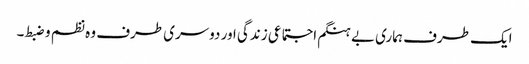
ایک طرف ہماری بے ہنگم اجتماعی زندگی اور دوسری طرف وہ نظم و ضبط۔